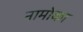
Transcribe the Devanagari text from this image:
नामोका